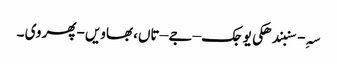
سہِ-سنبندھکی یوجک – جے – تاں، بھاویں -پھر وی ۔